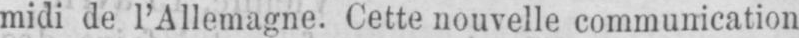
midi de l’Allemagne. Cette nouvelle communication